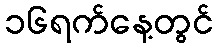
၁၆ရက်နေ့တွင်